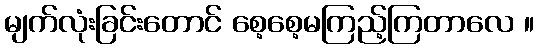
မျက်လုံးခြင်းတောင် စေ့စေ့မကြည့်ကြတာလေ ။